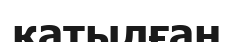
қатылған